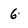
Character: 6